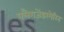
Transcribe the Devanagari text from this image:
फ्लैगजेंडरमेरिन